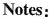
Notes: